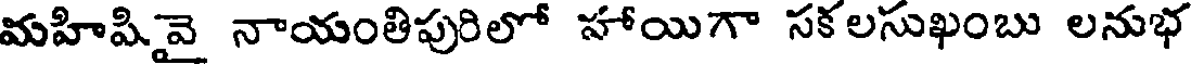
మహిషివై నాయంతిపురిలో హాయిగా సకలసుఖంబు లనుభ